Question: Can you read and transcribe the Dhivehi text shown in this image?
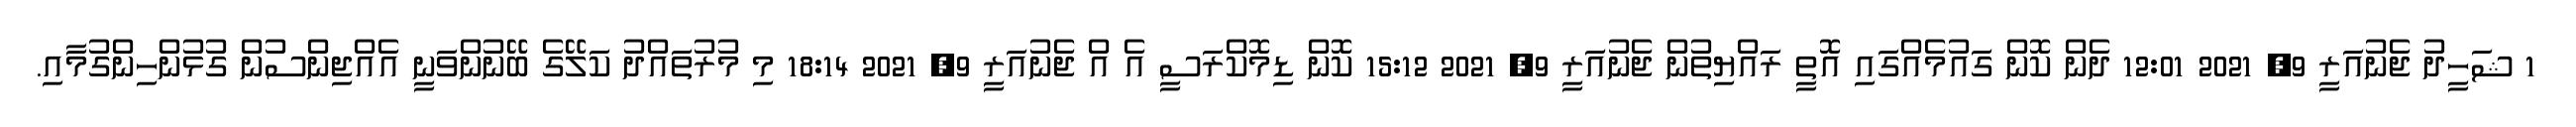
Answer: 1 ޝަހީދު ޖެނުއަރީ 9, 2021 12:01 ދެން ކޮން ގައުމެއްގައި އޮތީ ރައްޔިތުން ޖެނުއަރީ 9, 2021 15:12 ކޮން ޑިމޮކްރަސީ އެ އް ޖެނުއަރީ 9, 2021 18:14 މި މުރުތައްދު ކަލޭގެ ބޭނުންވަނީ އެއްޖިންސުން ގުޅުންހިންގުމާއި.